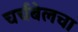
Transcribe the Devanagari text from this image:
चर्चबेलचा